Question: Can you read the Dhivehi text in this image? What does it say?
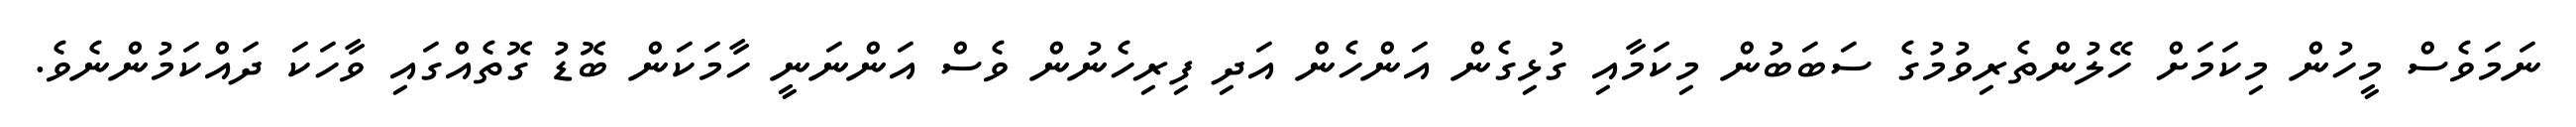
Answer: ނަމަވެސް މީހުން މިކަމަށް ހޭލުންތެރިވުމުގެ ސަބަބުން މިކަމާއި ގުޅިގެން އަންހެން އަދި ފިރިހެނުން ވެސް އަންނަނީ ހާމަކަން ބޮޑު ގޮތެއްގައި ވާހަކަ ދައްކަމުންނެވެ.